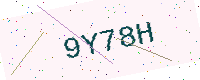
Text: 9Y78H